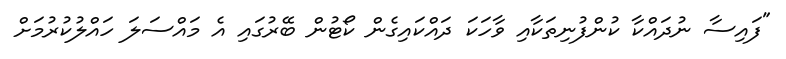
"ފައިސާ ނުދައްކާ ކުންފުނިތަކާއި ވާހަކަ ދައްކައިގެން ކޯޓުން ބޭރުގައި އެ މައްސަލަ ހައްލުކުރުމަށް